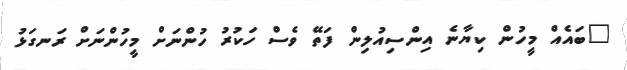
"ބައެއް މީހުން ކިޔާނެ އިންސިއުލިން ފަތޭ ވެސް ހަކުރު ހުންނަށް މީހުންނަށް ރަނގަޅު